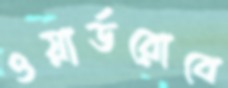
ওয়ার্ডরোবে